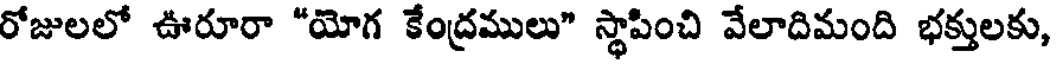
రోజులలో ఊరూరా "యోగ కేంద్రములు" స్థాపించి వేలాదిమంది భక్తులకు,